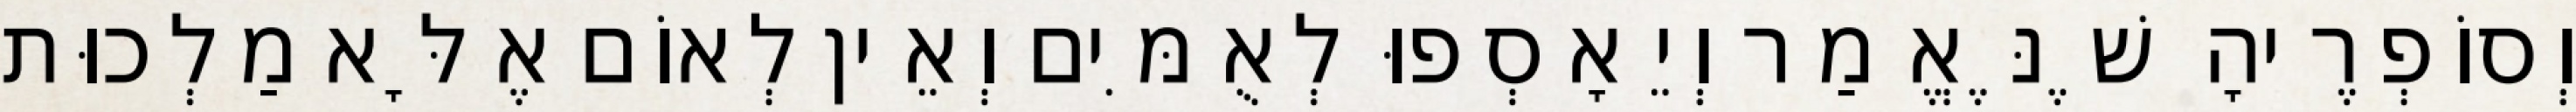
וְסוֹפְרֶיהָ שֶׁנֶּאֱמַר וְיֵאָסְפוּ לְאֻמִּים וְאֵין לְאוֹם אֶלָּא מַלְכוּת